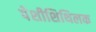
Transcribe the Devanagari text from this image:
पेशीशिथिलक